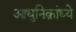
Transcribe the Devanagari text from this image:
आधुनिक्रांध्ये